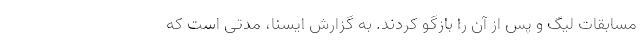
مسابقات لیگ و پس از آن را بازگو کردند. به گزارش ایسنا، مدتی است که